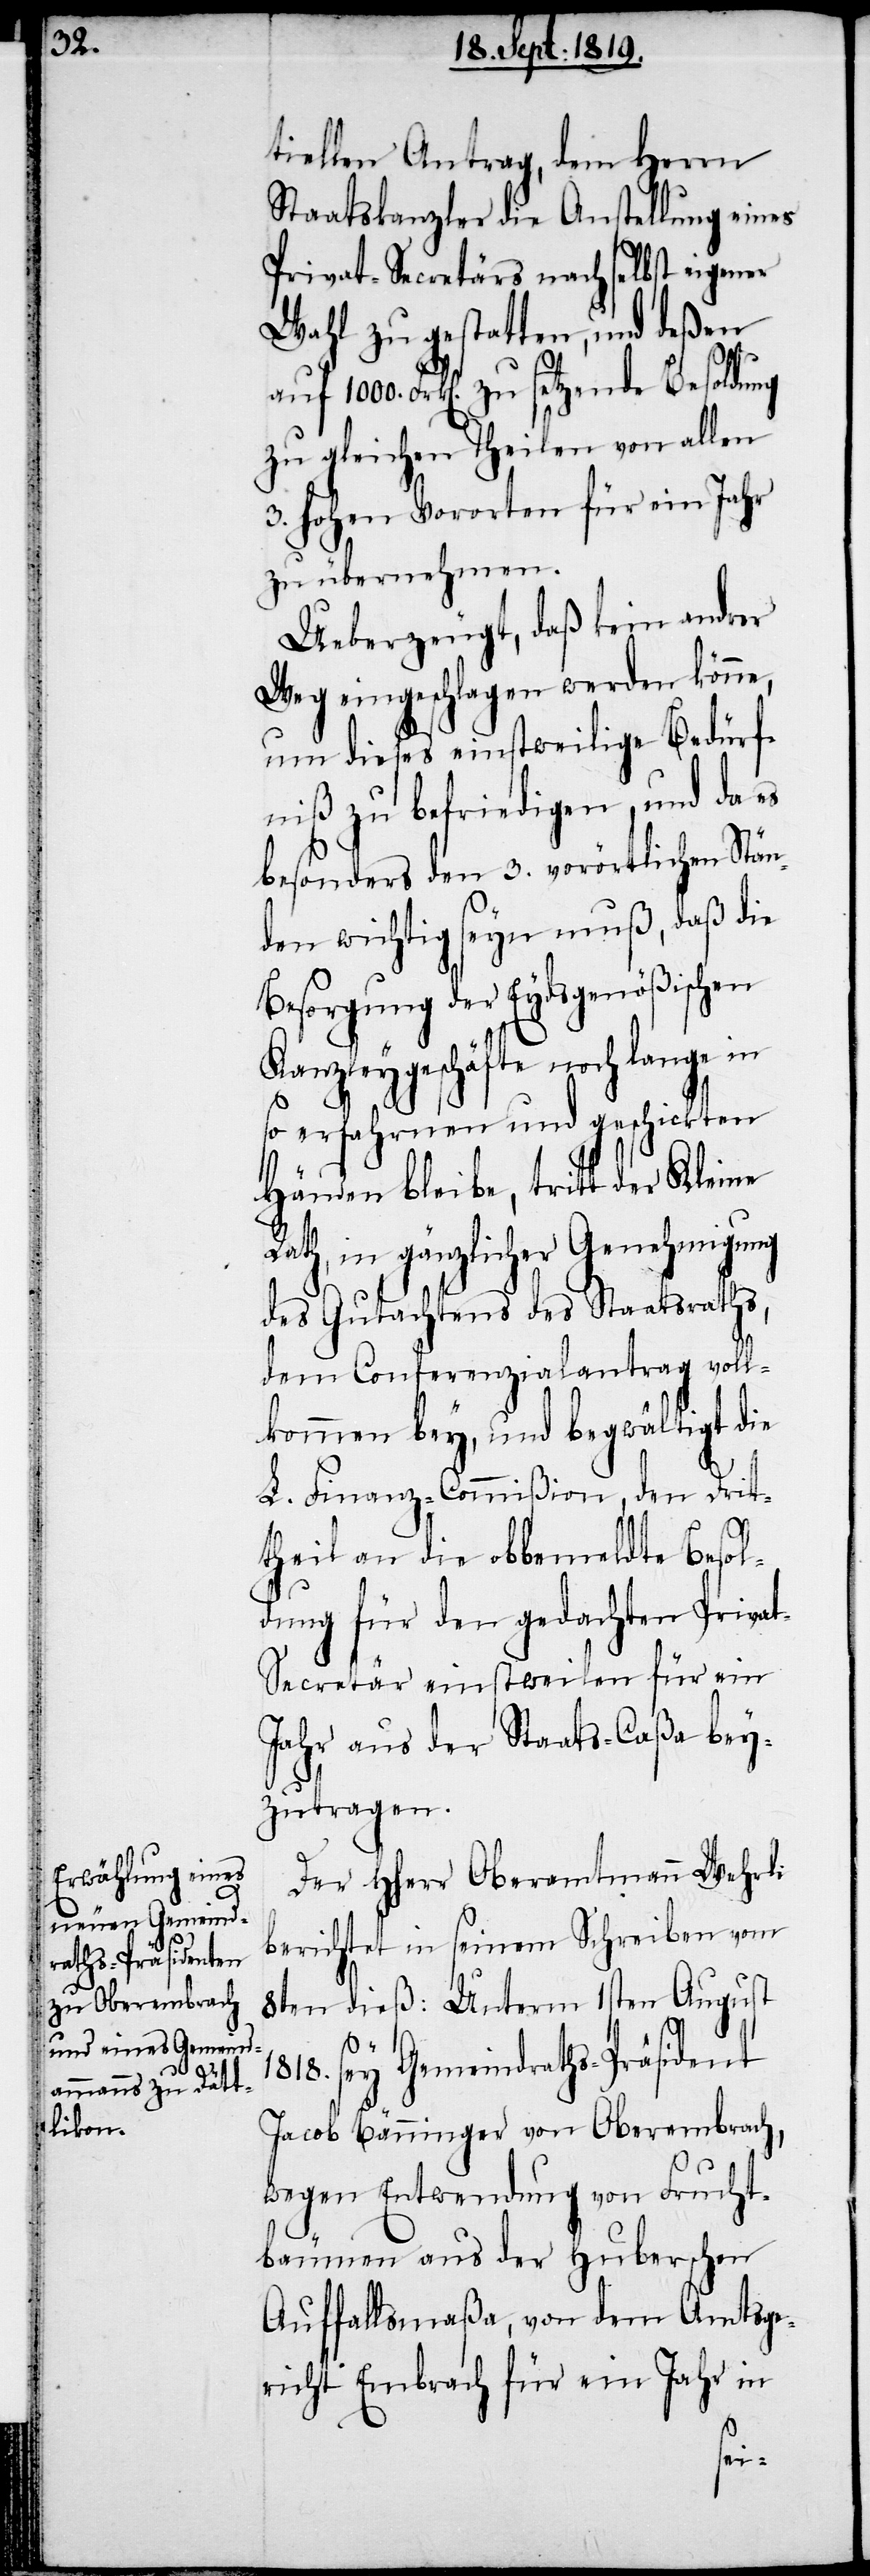
tiellen Antrag, dem Herrn
Staatskanzler die Anstellung eines
Privat-Secretärs nach selbst eigener
Wahl zu gestatten, und deßen
auf 1000. Frk[en]. zu setzende Besoldung
zu gleichen Theilen von allen
3. hohen Vororten für ein Jahr
zu übernehmen.
Ueberzeugt, daß kein andrer
Weg eingeschlagen werden könne,
um dieses einstweilige Bedürf¬
niß zu befriedigen, und da es
besonders den 3. vorörtlichen Stän¬
den wichtig seyn muß, daß die
Besorgung der Eydsgenößischen
Kanzleygeschäfte noch lange in
so erfahrnen und geschickten
Händen bleibe, tritt der Kleine
Rath, in gänzlicher Genehmigung
des Gutachtens des Staatsraths,
dem Conferenzialantrag voll¬
kommen bey, und begwältigt die
L. Finanz-Commißion, den Drit¬
theil an die obbemeldte Besol¬
dung für den gedachten Priva¬
t-Secretär einstweilen für ein
Jahr aus der Staats-Caßa bey¬
zutragen.
Der HHerr Oberamtmann Wehrli
berichtet in seinem Schreiben vom
8ten dieß: Unterm 1sten August
1818. sey Gemeindraths-Präsident
Jacob Bänninger von Oberembrach,
wegen Entwendung von Frucht¬
bäumen aus der Huberschen
Auffallsmaßa, von dem Amtsge¬
richt Embrach für ein Jahr in